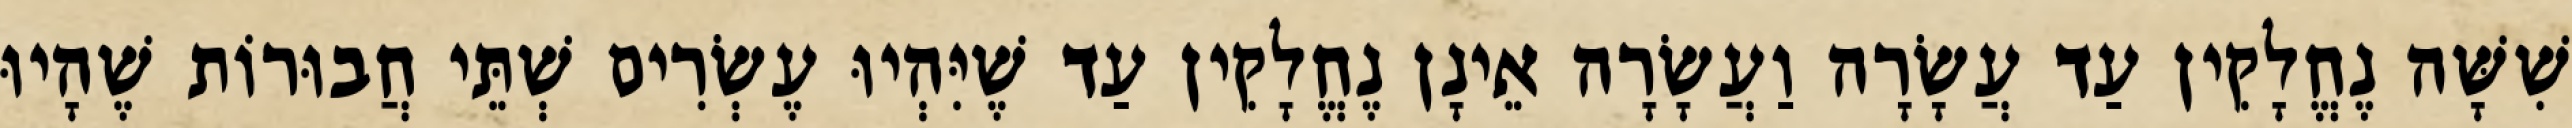
שִׁשָּׁה נֶחֱלָקִין עַד עֲשָׂרָה וַעֲשָׂרָה אֵינָן נֶחֱלָקִין עַד שֶׁיִּהְיוּ עֶשְׂרִים שְׁתֵּי חֲבוּרוֹת שֶׁהָיוּ